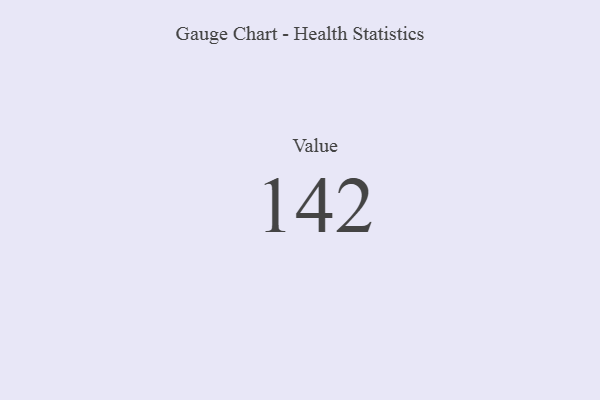
{"axis": {"x": "Metric", "y": "Value"}, "legend": [""], "data": [{"x": "Value", "y": 142, "type": ""}]}